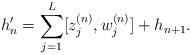
LaTeX: \begin{align*}h_n'=\sum_{j=1}^{L} [z_j^{(n)},w_j^{(n)}] + h_{n+1}.\end{align*}